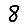
Digit: 8